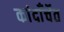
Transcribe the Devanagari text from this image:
कांदाँर्चेत